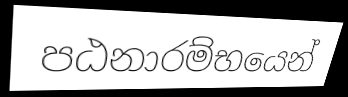
පඨනාරම්භයෙන්